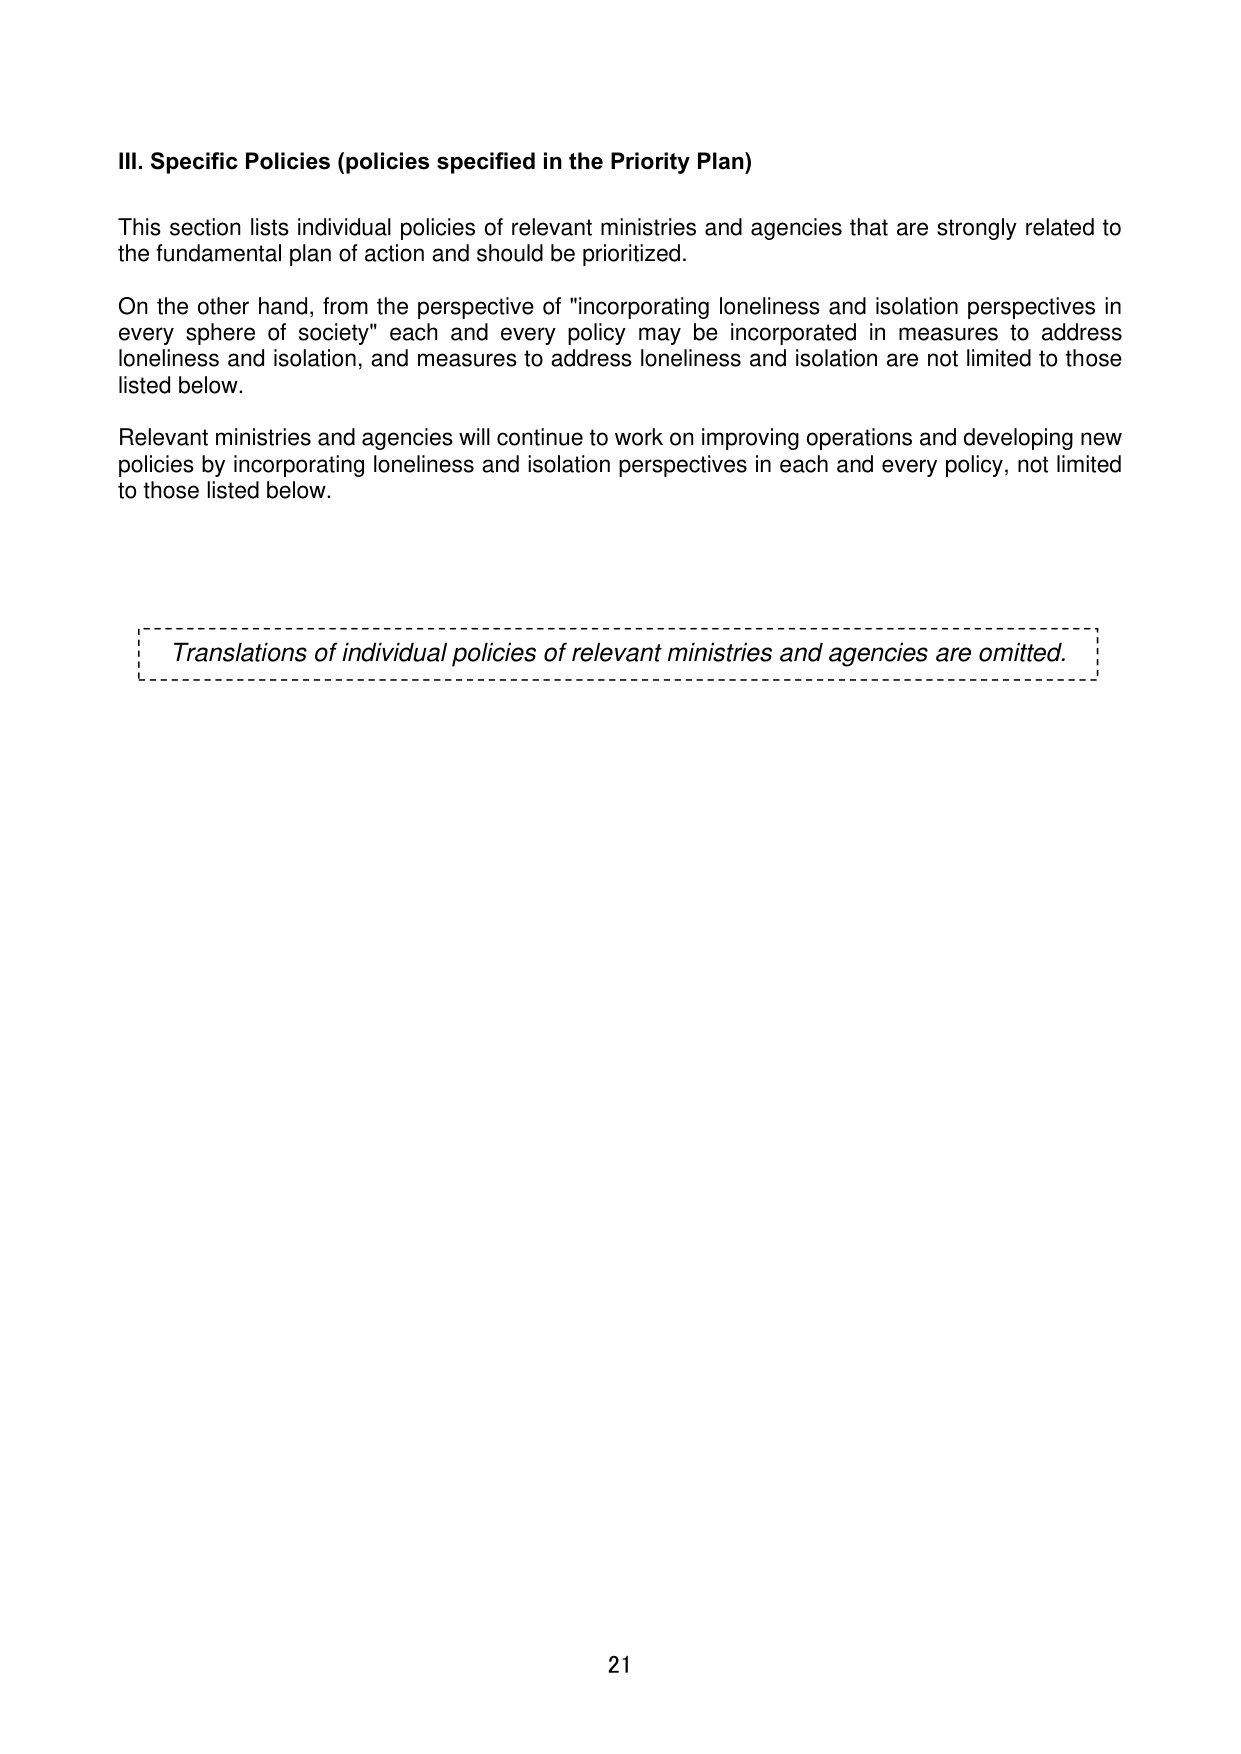
III. Specific Policies (policies specified in the Priority Plan)

This section lists individual policies of relevant ministries and agencies that are strongly related to the fundamental plan of action and should be prioritized.

On the other hand, from the perspective of "incorporating loneliness and isolation perspectives in every sphere of society" each and every policy may be incorporated in measures to address loneliness and isolation, and measures to address loneliness and isolation are not limited to those listed below.

Relevant ministries and agencies will continue to work on improving operations and developing new policies by incorporating loneliness and isolation perspectives in each and every policy, not limited to those listed below.

Translations of individual policies of relevant ministries and agencies are omitted.

21